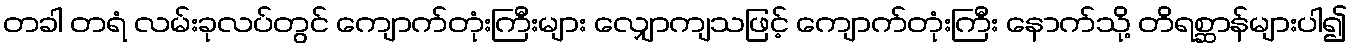
တခါ တရံ လမ်းခုလပ်တွင် ကျောက်တုံးကြီးများ လျှောကျသဖြင့် ကျောက်တုံးကြီး နောက်သို့ တိရစ္ဆာန်များပါ၍